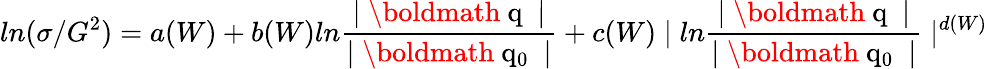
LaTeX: ln(\sigma/G^{2})=a(W)+b(W)ln{\frac{\mid\mathrm{\boldmath~q~}\mid}{\mid\mathrm{\boldmath~q_{0}~}\mid}}+c(W)\mid ln{\frac{\mid\mathrm{\boldmath~q~}\mid}{\mid\mathrm{\boldmath~q_{0}~}\mid}}\mid^{d(W)}